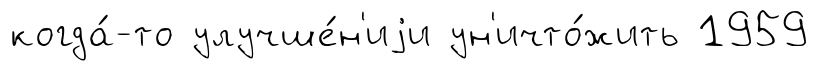
когда́-то улучше́н'иjи ун'ичто́жить 1959